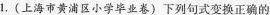
1.(上海市黄浦区小学毕业卷)下列句式变换正确的